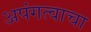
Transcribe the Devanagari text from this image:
अपंगत्वाचा